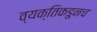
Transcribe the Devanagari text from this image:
व्यक्तिकडुनच